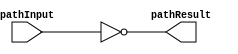
module ro_23n(pathResult, pathInput);
input pathInput;
output pathResult;

(* keep = 1 *) wire w0, w1, w2, w3, w4, w5, w6, w7, w8, w9, w10, w11, w12, w13, w14, w15, w16, w17, w18, w19, w20, w21;

not n0(w0, pathInput);
not n1(w1, w0);
not n2(w2, w1);
not n3(w3, w2);
not n4(w4, w3);
not n5(w5, w4);
not n6(w6, w5);
not n7(w7, w6);
not n8(w8, w7);
not n9(w9, w8);
not n10(w10, w9);
not n11(w11, w10);
not n12(w12, w11);
not n13(w13, w12);
not n14(w14, w13);
not n15(w15, w14);
not n16(w16, w15);
not n17(w17, w16);
not n18(w18, w17);
not n19(w19, w18);
not n20(w20, w19);
not n21(w21, w20);
not n22(pathResult, w21);

endmodule